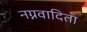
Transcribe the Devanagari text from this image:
नग्नवादिता